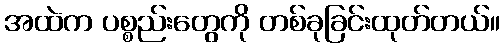
အထဲက ပစ္စည်းတွေကို တစ်ခုခြင်းထုတ်တယ်။